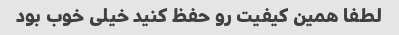
لطفا همین کیفیت رو حفظ کنید خیلی خوب بود